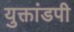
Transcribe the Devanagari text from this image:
युक्तांडपी